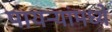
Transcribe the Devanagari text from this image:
पायऱ्यांमध्ये